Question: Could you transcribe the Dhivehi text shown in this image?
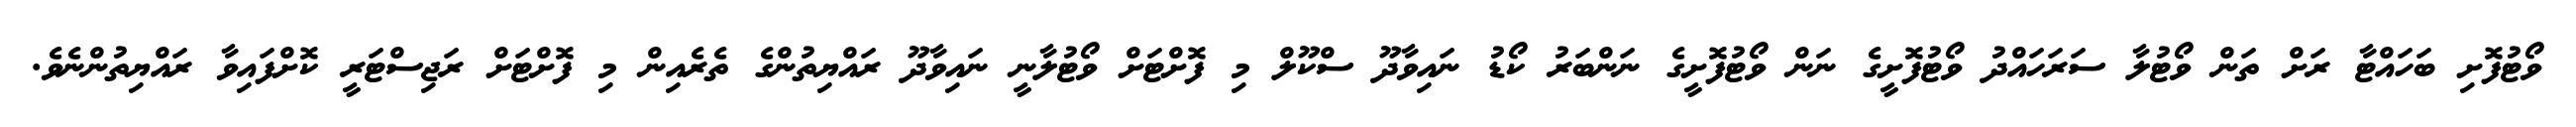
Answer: ވޯޓުފޮށި ބަހައްޓާ ރަށް ތަން ވޯޓުލާ ސަރަހައްދު ވޯޓުފޮށީގެ ނަން ވޯޓުފޮށީގެ ނަންބަރު ކޯޑު ނައިވާދޫ ސްކޫލް މި ފޮށްޓަށް ވޯޓުލާނީ ނައިވާދޫ ރައްޔިތުންގެ ތެރެއިން މި ފޮށްޓަށް ރަޖިސްޓަރީ ކޮށްފައިވާ ރައްޔިތުންނެވެ.